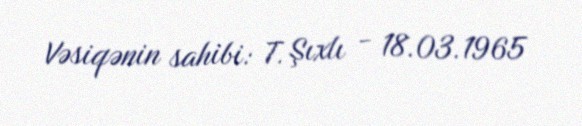
Vəsiqənin sahibi: T. Şıxlı - 18.03.1965